Vaccination in Bombay 1869-1873 - 1869-1873
Year: 1869
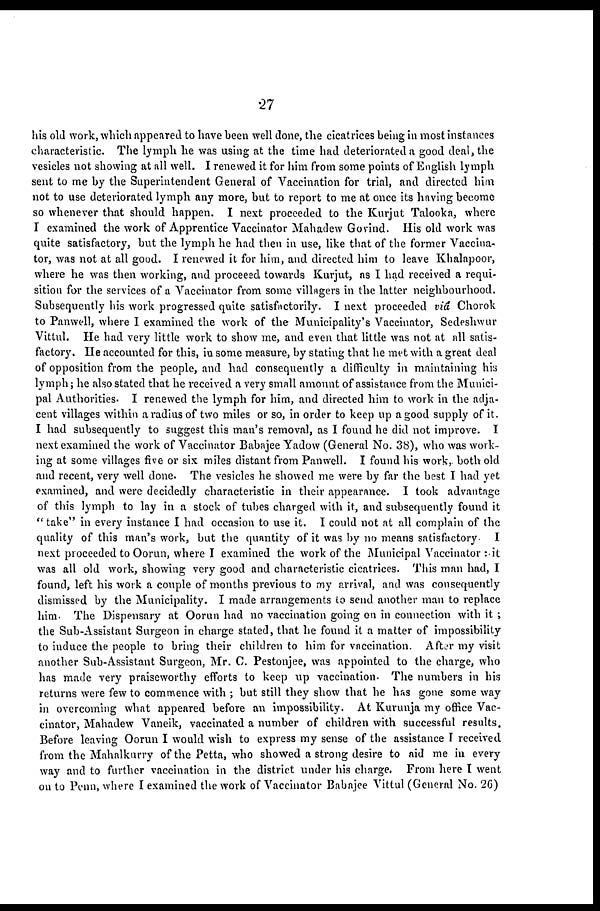
27
his old work, which appeared to have been well done, the cicatrices being in most instances
characteristic. The lymph he was using at the time had deteriorated a good deal, the
vesicles not showing at all well. I renewed it for him from some points of English lymph
sent to me by the Superintendent General of Vaccination for trial, and directed him
not to use deteriorated lymph any more, but to report to me at once its having become
so whenever that should happen. I next proceeded to the Kurjut Talooka, where
I examined the work of Apprentice Vaccinator Mahadew Govind. His old work was
quite satisfactory, but the lymph he had then in use, like that of the former Vaccina-
tor, was not at all good. I renewed it for him, and directed him to leave Khalapoor,
where he was then working, and proceeed towards Kurjut, as I had received a requi-
sition for the services of a Vaccinator from some villagers in the latter neighbourhood.
Subsequently his work progressed quite satisfactorily. I next proceeded viâ Chorok
to Panwell, where I examined the work of the Municipality's Vaccinator, Sedeshwur
Vittul. He had very little work to show me, and even that little was not at all satis-
factory. He accounted for this, in some measure, by stating that he met with a great deal
of opposition from the people, and had consequently a difficulty in maintaining his
lymph; he also stated that he received a very small amount of assistance from the Munici-
pal Authorities. I renewed the lymph for him, and directed him to work in the adja-
cent villages within a radius of two miles or so, in order to keep up a good supply of it.
I had subsequently to suggest this man's removal, as I found he did not improve. I
next examined the work of Vaccinator Babajee Yadow (General No. 38), who was work-
ing at some villages five or six miles distant from Panwell. I found his work, both old
and recent, very well done. The vesicles he showed me were by far the best I had yet
examined, and were decidedly characteristic in their appearance. I took advantage
of this lymph to lay in a stock of tubes charged with it, and subsequently found it
"take" in every instance I had occasion to use it. I could not at all complain of the
quality of this man's work, but the quantity of it was by no means satisfactory. I
next proceeded to Oorun, where I examined the work of the Municipal Vaccinator : it
was all old work, showing very good and characteristic cicatrices. This man had, I
found, left his work a couple of months previous to my arrival, and was consequently
dismissed by the Municipality. I made arrangements to send another man to replace
him. The Dispensary at Oorun had no vaccination going on in connection with it ;
the Sub-Assistant Surgeon in charge stated, that he found it a matter of impossibility
to induce the people to bring their children to him for vaccination. After my visit
another Sub-Assistant Surgeon, Mr. C. Pestonjee, was appointed to the charge, who
has made very praiseworthy efforts to keep up vaccination. The numbers in his
returns were few to commence with ; but still they show that he has gone some way
in overcoming what appeared before an impossibility. At Kurunja my office Vac-
cinator, Mahadew Vaneik, vaccinated a number of children with successful results.
Before leaving Oorun I would wish to express my sense of the assistance I received
from the Mahalkurry of the Petta, who showed a strong desire to aid me in every
way and to further vaccination in the district under his charge. From here I went
on to Penn, where I examined the work of Vaccinator Babajee Vittul (General No. 26)